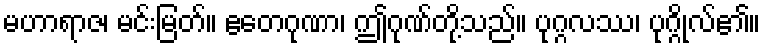
မဟာရာဇ၊ မင်းမြတ်။ ဧတေဂုဏာ၊ ဤဂုဏ်တို့သည်။ ပုဂ္ဂလဿ၊ ပုဂ္ဂိုလ်၏။